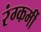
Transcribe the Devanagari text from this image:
रंग्कर्मी